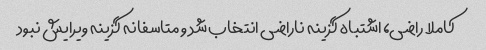
کاملا راضی، اشتباه گزینه ناراضی انتخاب شد و متاسفانه گزینه ویرایش نبود